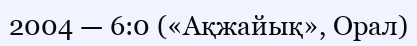
2004 — 6:0 («Ақжайық», Орал)